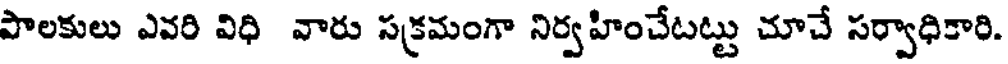
పాలకులు ఎవరి విధి వారు సక్రమంగా నిర్వహించేటట్టు చూచే సర్వాధికారి.